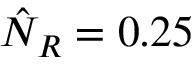
\hat { N } _ { R } = 0 . 2 5